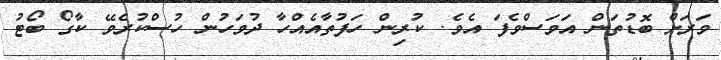
ވަރަށް ބޮޑުތަން އަވަސްވެފަ އެވެ. ކުރިން ހަފުތާއެއްހާ ދުވަހުން ހުސްކުރެވޭ ކާގޯ ބޯޓު